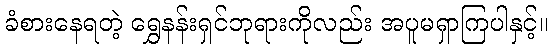
ခံစားနေရတဲ့ ရွှေနန်းရှင်ဘုရားကိုလည်း အပူမရှာကြပါနှင့်။